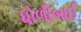
ધોળીબાઈ